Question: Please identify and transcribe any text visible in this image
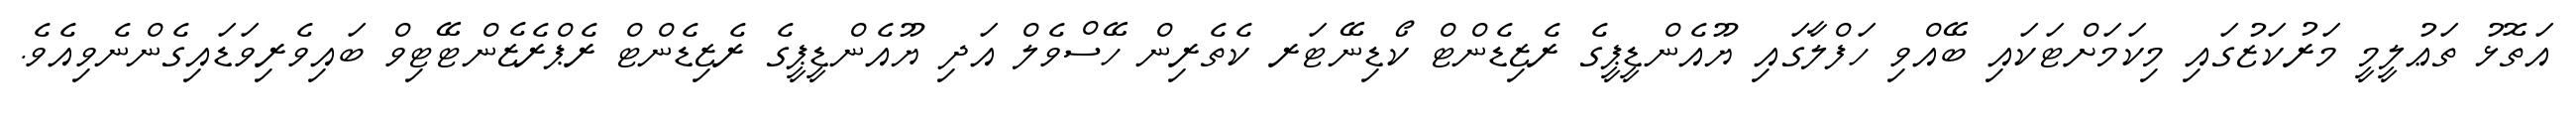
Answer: އަތޮޅު ތަޢުލީމީ މަރުކަޒުގައި މިކަމަށްޓަކައި ބޭއްވި ހަފްލާގައި ޔޫއެންޑީޕީގެ ރެޒިޑެންޓް ކޯޑިނޭޓަރ ކެތެރިން ހޭސްވެލް އަދި ޔޫއެންޑީޕީގެ ރެޒިޑެންޓް ރެޕްރެޒެންޓޭޓިވް ބައިވެރިވަޑައިގެންނެވިއެވެ.